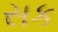
સક